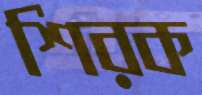
শিরক